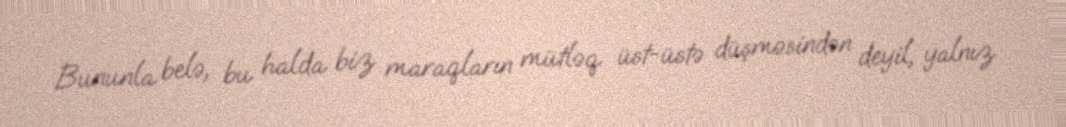
Bununla belə, bu halda biz maraqların mütləq üst-üstə düşməsindən deyil, yalnız